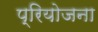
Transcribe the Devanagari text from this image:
प्रियोजना